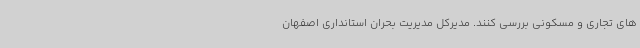
های تجاری و مسکونی بررسی کنند. مدیرکل مدیریت بحران استانداری اصفهان